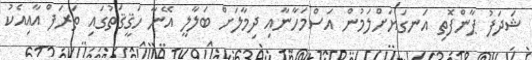
ޝަދަފު ޕާންފޮތި އަނގަޔަށްލަމުން އަސްމަހާނާއި ދިމާލަށް ބަލާލީ އޭނާ ހަޤީޤަތުގައި ތަރަފް އާއިއެކު